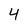
Character: 4